Lunatic asylums Punjab 1911-1921 - 1911-1921
Year: 1911
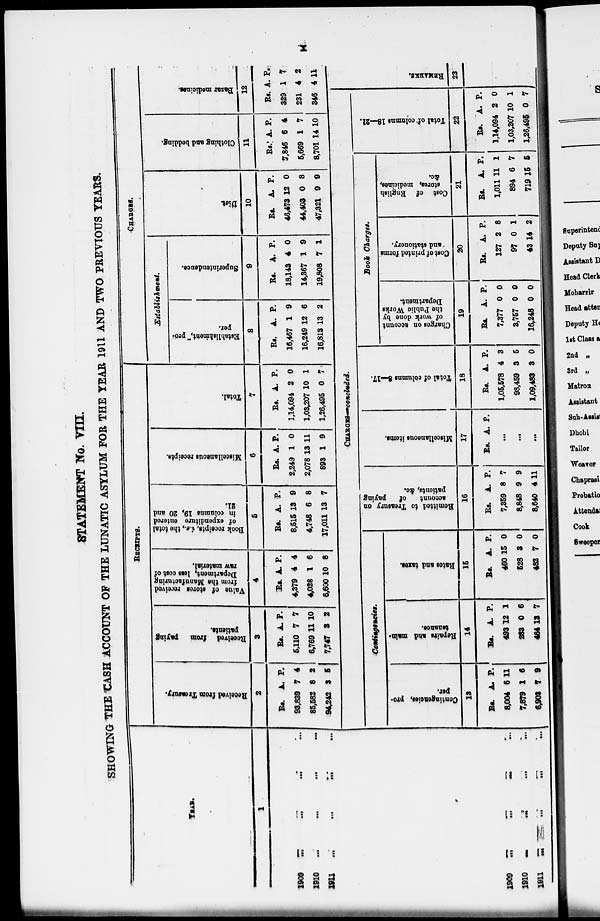
x
STATEMENT No. VIII.
SHOWING THE CASH ACCOUNT OF THE LUNATIC ASYLUM FOR THE YEAR 1911 AND TWO PREVIOUS YEARS.
YEAR.
1
1909
...
...
...
...
1910
...
...
...
...
1911 ... ... ... ...
1909 ... ... ... ...
1910 ... ... ... ...
1911 ... ... ... ...
RECEIPTS.
Received from Treasury.
2
Rs.
93,839
85,582
94,242
A.
7
8
3
P.
4
2
5
Received from
paying
patients.
3
Rs.
5,110
6,769
7,747
A.
7
11
3
P.
7
10
2
Value of stores received
from the Manufacturing
Department, less cost of
raw material.
4
Rs.
4,379
4,028
6,600
A.
4
1
10
P.
4
6
8
Book receipts, i.e., the total
of expenditure entered
in columns 19, 20 and
21.
5
Rs.
8,515
4,748
17,011
A.
13
6
13
P.
9
8
7
Miscellaneous receipts.
6
Rs.
2,249
2,078
893
A.
1
13
1
P.
0
11
9
Total.
7
Rs.
1,14,094
1,03,207
1,26,495
A.
2
10
0
P.
0
1
7
CHARGES.
9
Establishment, pro-
per.
8
Rs.
16,467
16,249
16,813
A.
1
12
13
P.
9
6
2
Superintendence.
9
Rs.
18,143
14,367
19,808
A.
4
1
7
P.
0
9
1
Diet.
10
Rs.
46,473
44,403
47,321
A.
12
0
9
P.
0
8
9
Clothing and bedding.
11
Rs.
7,846
5,669
8,701
A.
6
1
14
P.
4
7
10
Bazar medicines.
12
Rs.
329
231
346
CHARGES-concluded.
Contingencies.
Contingencies, pro-
per.
13
Rs.
8,004
7,879
6,903
A.
6
1
7
P.
11
6
9
Repairs and main-
tenance.
14
Rs.
493
283
464
A.
12
0
13
P.
1
6
7
Rates and taxes.
15
Rs.
460
528
482
A.
15
3
7
P.
0
0
0
Remitted to Treasury on
account
of
paying
patients, &c.
16
Rs.
7,359
8,848
8,640
A.
8
9
4
P.
7
9
11
Miscellaneous items.
17
Rs. A. P.
...
...
...
Total of columns 8—17.
18
Rs.
1,05,578
98,459
1,09,483
A.
4
3
3
P.
3
5
0
Book Charges.
Charges on account
of work done by
the Public Works
Department.
19
Rs.
7,377
3,757
16,248
A.
0
0
0
P.
0
0
0
Cost of printed forms
and stationery.
20
Rs.
127
97
43
A.
2
0
14
P.
8
1
2
Cost of English
stores, medicines.
21
Rs.
1,011
894
719
A.
11
6
15
P.
1
7
5
Total of columns 18—21.
22
Rs.
1,14,094
1,03,207
1,26,495
A.
2
10
0
P.
0
1
7
A.
1
4
4
P.
7
2
11
REMARKS.
23